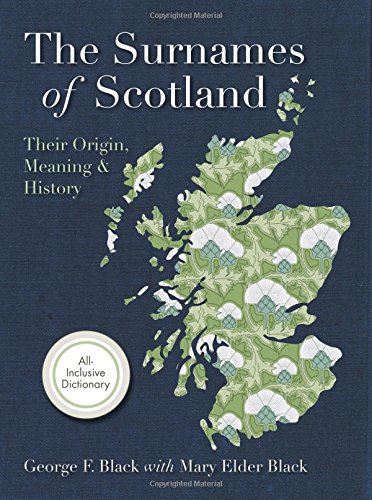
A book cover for Surnames of Scotland: Their Origin, Meaning and History; George F. Black; Reference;